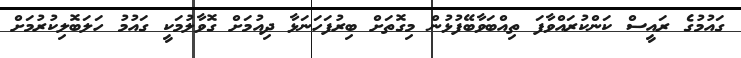
ގައުމުގެ ރައީސް ކަންކުރައްވާފަ ތިއްބަވާބޭފުޅުން މިގޮތަށް ބިރުފަހަނަޅާ ދިއުމަށް ގޮވާލުމަކީ ގައުމު ހަލަބޮލިކުރުމަށް